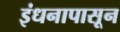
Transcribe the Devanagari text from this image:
इंधनापासून